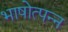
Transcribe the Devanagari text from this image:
भाषोत्पन्न